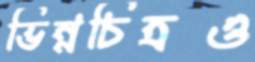
ভিন্নচিত্রও